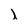
Character: I